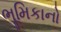
ભૂમિકાનો